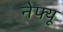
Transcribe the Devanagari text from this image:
नेफ्यू